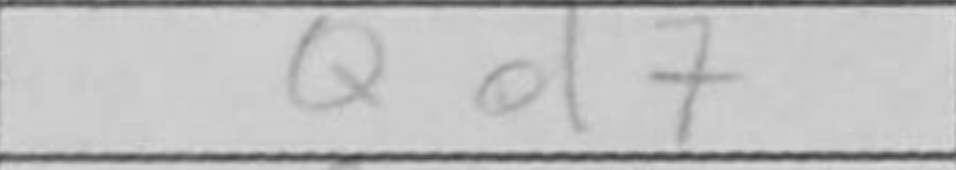
Transcription: Qd7